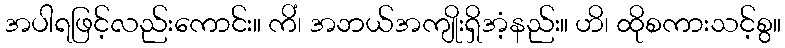
အပါရဖြင့်လည်းကောင်း။ ကိံ၊ အဘယ်အကျိုးရှိအံ့နည်း။ ဟိ၊ ထိုစကားသင့်စွ။